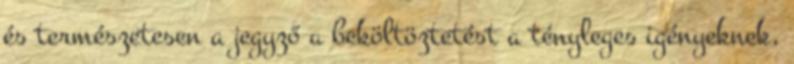
és természetesen a jegyző a beköltöztetést a tényleges igényeknek,